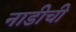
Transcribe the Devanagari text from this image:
नाडीची